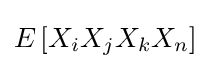
E\left[X_{i}X_{j}X_{k}X_{n}\right]